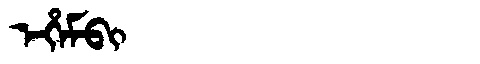
Manchu: ᡝᡥᡝᠮᠪᡳ
Romanization: EHEMBI